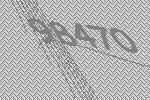
98470